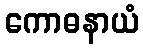
ကောဓနာယံ